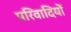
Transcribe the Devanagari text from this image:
परिवादियों